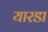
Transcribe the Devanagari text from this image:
यारडा